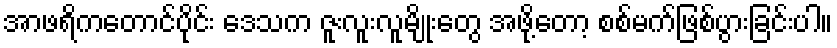
အာဖရိကတောင်ပိုင်း ဒေသက ဇူးလူးလူမျိုးတွေ အဖို့တော့ စစ်မက်ဖြစ်ပွားခြင်းပါ။